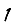
Digit: 1